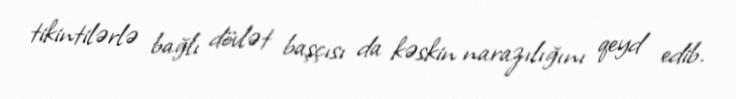
tikintilərlə bağlı dövlət başçısı da kəskin narazılığını qeyd edib.